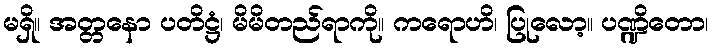
မရှိ။ အတ္တနော ပတိဋ္ဌံ၊ မိမိတည်ရာကို။ ကရောဟိ၊ ပြုလော့။ ပဏ္ဍိတော၊